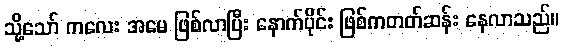
သို့သော် ကလေး အမေ ဖြစ်လာပြီး နောက်ပိုင်း ဖြစ်ကတတ်ဆန်း နေလာသည်။